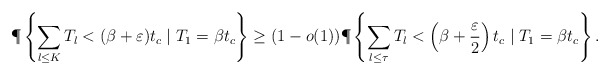
\begin{align*}{\P}\left\{\sum_{l\leq K}T_l<(\beta + \varepsilon)t_c \mid T_1= \beta t_c\right\} \geq (1-o(1)){\P}\left\{\sum_{l\leq \tau}T_l<\left(\beta + \frac{\varepsilon}{2}\right)t_c \mid T_1= \beta t_c\right\}.\end{align*}